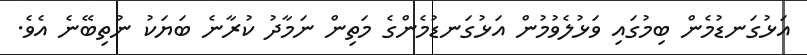
އަޅުގަނޑުމެން ބިމުގައި ވަޅުލެވުމުން އަޅުގަނޑުމެންގެ މަތިން ނަމާދު ކުރާނެ ބަޔަކު ނުތިބޭނެ އެވެ.